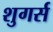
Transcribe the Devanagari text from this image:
शुगर्स